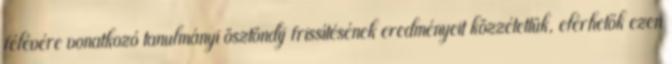
félévére vonatkozó tanulmányi ösztöndíj frissítésének eredményeit közzétettük, elérhetők ezen